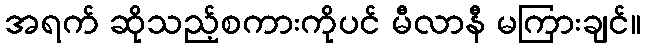
အရက် ဆိုသည့်စကားကိုပင် မီလာနီ မကြားချင်။